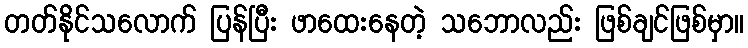
တတ်နိုင်သလောက် ပြန်ပြီး ဖာထေးနေတဲ့ သဘောလည်း ဖြစ်ချင်ဖြစ်မှာ။